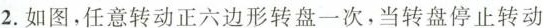
2.如图，任意转动正六边形转盘一次，当转盘停止转动